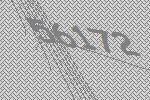
56172